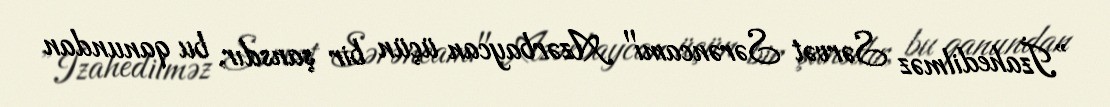
”İzahedilməz Sərvət Sərəncamı" Azərbaycan üçün bir şansdır, bu qanundan